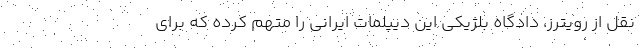
نقل از رویترز، دادگاه بلژیکی این دیپلمات ایرانی را متهم کرده که برای